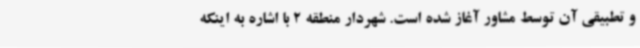
و تطبیقی آن توسط مشاور آغاز شده است. شهردار منطقه 2 با اشاره به اینکه